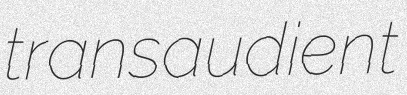
transaudient